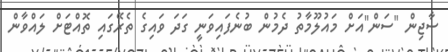
ސާޖިން "ސަން"އަށް މައުލޫމާތު ދެމުން ބުނެފައިވަނީ ގަދަ ވައިގެ ތެރޭގައި ތޮއްޓަށް ލައްވާން